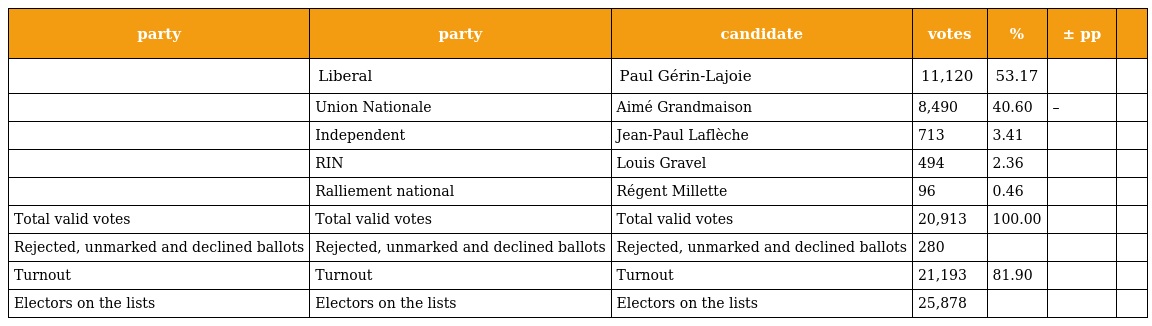
| party | party | candidate | votes | % | ± pp |  |
 | --- | --- | --- | --- | --- | --- | --- |
 |  | Liberal | Paul Gérin-Lajoie | 11,120 | 53.17 |  |  |
 |  | Union Nationale | Aimé Grandmaison | 8,490 | 40.60 | – |  |
 |  | Independent | Jean-Paul Laflèche | 713 | 3.41 |  |  |
 |  | RIN | Louis Gravel | 494 | 2.36 |  |  |
 |  | Ralliement national | Régent Millette | 96 | 0.46 |  |  |
 | Total valid votes | Total valid votes | Total valid votes | 20,913 | 100.00 |  |  |
 | Rejected, unmarked and declined ballots | Rejected, unmarked and declined ballots | Rejected, unmarked and declined ballots | 280 |  |  |  |
 | Turnout | Turnout | Turnout | 21,193 | 81.90 |  |  |
 | Electors on the lists | Electors on the lists | Electors on the lists | 25,878 |  |  |  |